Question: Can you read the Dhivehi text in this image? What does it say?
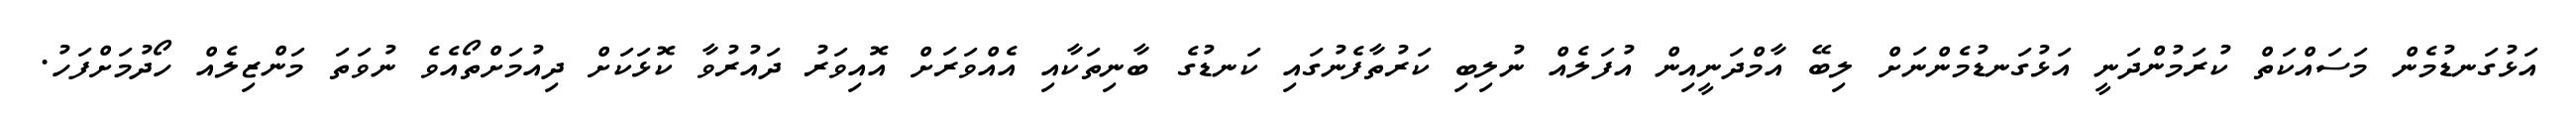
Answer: އަޅުގަނޑުމެން މަސައްކަތް ކުރަމުންދަނީ އަޅުގަނޑުމެންނަށް ލިބޭ އާމްދަނީއިން އުފަލެއް ނުލިބި ކަރުތާފެނުގައި ކަނޑުގެ ބާނިތަކާއި އެއްވަރަށް އޮއިވަރު ދައުރުވާ ކޮޅަކަށް ދިއުމަށްތޯއެވެ ނުވަތަ މަންޒިލެއް ހޯދުމަށްފަހު.